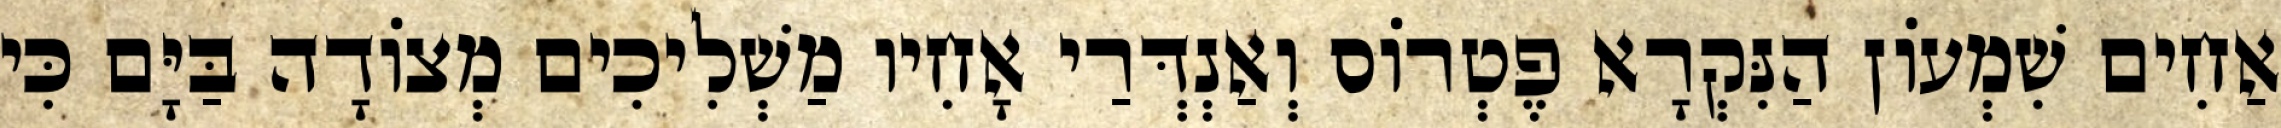
אַחִים שִׁמְעוֹן הַנִּקְרָא פֶטְרוֹס וְאַנְדְּרַי אָחִיו מַשְׁלִיכִים מְצוֹדָה בַּיָּם כִּי